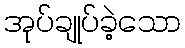
အုပ်ချုပ်ခဲ့သော